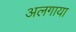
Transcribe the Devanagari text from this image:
अलगाया